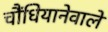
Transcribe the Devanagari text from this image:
चौंधियानेवाले